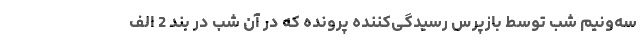
سه‌ونیم شب توسط بازپرس رسیدگی‌کننده پرونده که در آن شب در بند 2 الف